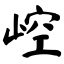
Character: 崆